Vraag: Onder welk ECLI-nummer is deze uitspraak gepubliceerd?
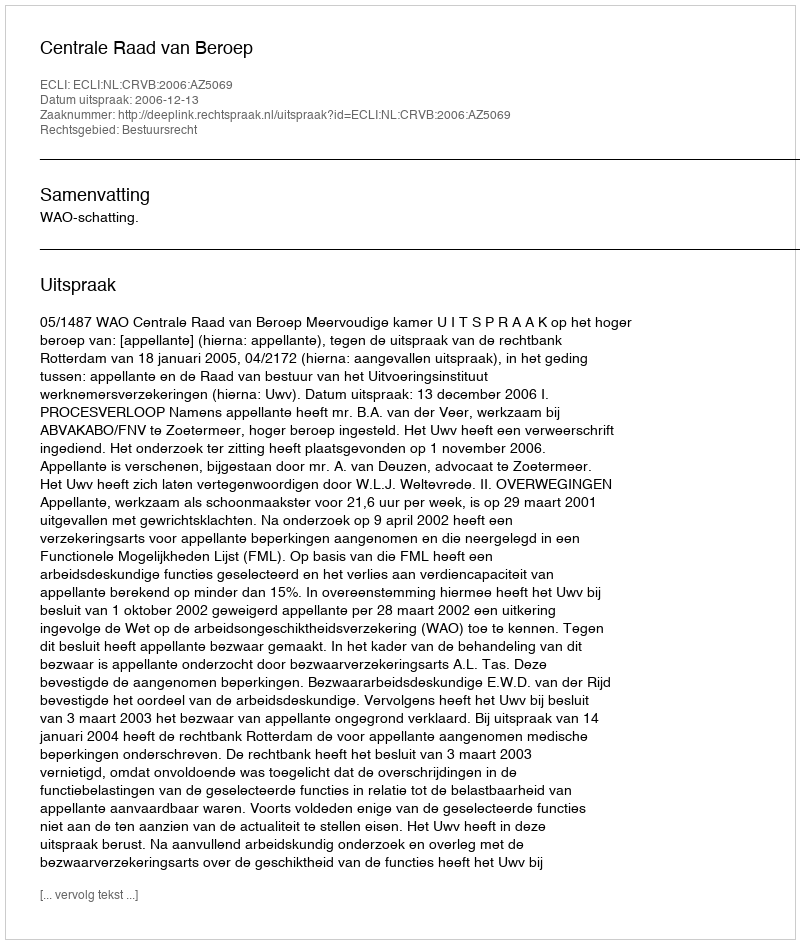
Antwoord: ECLI:NL:CRVB:2006:AZ5069